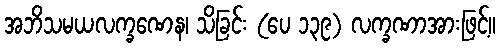
အဘိသမယလက္ခဏေန၊ သိခြင်း (ပေ ၁၃၉) လက္ခဏာအားဖြင့်။